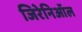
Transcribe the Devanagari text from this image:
जिरेनिऑल